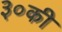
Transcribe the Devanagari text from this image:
३०की